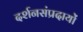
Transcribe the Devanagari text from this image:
दर्शनसंप्रदायों